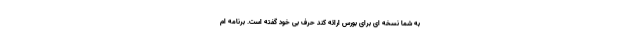
به شما نسخه ای برای بورس ارائه کند حرف بی خود گفته است. برنامه ام